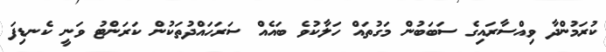
ކުރަމުންދާ ވިއްސާރައިގެ ސަބަބުން މަގުތައް ހަލާކުވެ ބައެއް ސަރަހައްދުތަކުން ކަރަންޓު ވަނީ ކެނޑިފަ